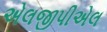
એલજીપીએલ